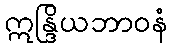
ဣန္ဒြိယဘာဝနံ